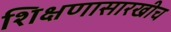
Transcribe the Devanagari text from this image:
शिक्षणासारखीच